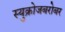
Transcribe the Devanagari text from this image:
स्युक्रोजबरोबर